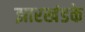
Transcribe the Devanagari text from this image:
झारखंडके